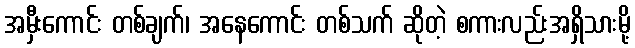
အမှီးကောင်း တစ်ချက်၊ အနေကောင်း တစ်သက် ဆိုတဲ့ စကားလည်းအရှိသားမို့